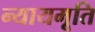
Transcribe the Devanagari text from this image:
न्यायमूति